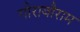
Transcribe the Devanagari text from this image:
गौराबौराम